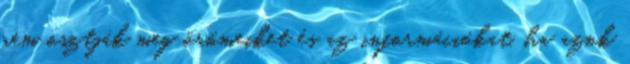
nem osztják meg örömeiket és az információkat, ha azok